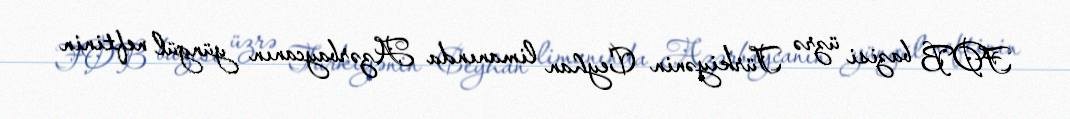
FOB bazisi üzrə Türkiyənin Ceyhan limanında Azərbaycanın yüngül neftinin